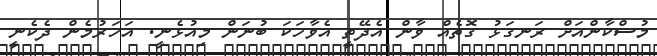
މުސްކާންއަށް ރަނގަޅު ގޮތެއް ވާން އެދޭތީ އެވާހަކަ ބުނަން މިއުޅެނީ. އަހަރުމެން ދެކެނީ